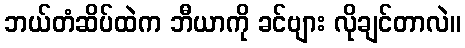
ဘယ်တံဆိပ်ထဲက ဘီယာကို ခင်ဗျား လိုချင်တာလဲ။